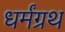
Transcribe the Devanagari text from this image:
धर्मंग्रथ